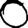
Digit: 0